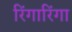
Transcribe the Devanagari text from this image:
रिंगारिंगा